Civil Veterinary Department. United Provinces 1932-42 - 1932-1942
Year: 1932
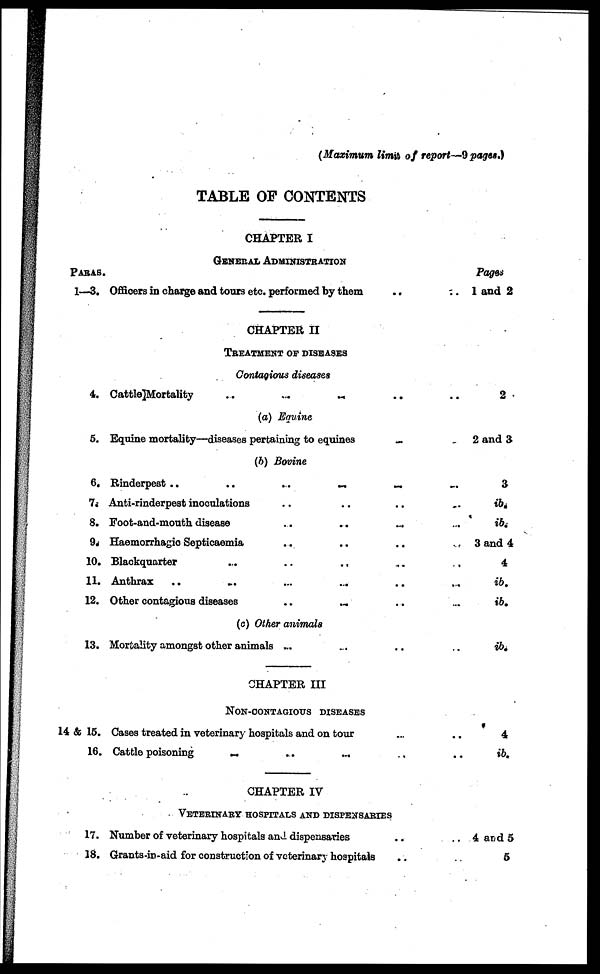
(Maximum limit of report—9 pages.)
TABLE OF CONTENTS
PARAS.
1—3.
4.
5.
6.
7.
8.
9.
10.
11.
12.
13.
14 & 15.
16.
17.
18.
CHAPTER I
GENERAL ADMINISTRATION
Officers in charge and tours etc. performed by them
CHAPTER II
TREATMENT OF DISEASES
Contagious diseases
Cattle]Mortality
...
...
...
...
(a) Equine
Equine mortality—diseases pertaining to equines
...
(b) Bovine
Rinderpest ..
..
...
..
..
Anti-rinderpest inoculations ..
Foot-and-mouth disease
Haemorrhagic Septicaemia .. ..
Blackquarter .. .. ..
Anthrax
Other contagious diseases
(c) Other animals
Mortality amongst other animals ... ... ...
CHAPTER III
NON-CONTAGIOUS DISEASES
Cases treated in veterinary hospitals and on tour
Cattle poisoning .. .. .. ..
CHAPTER IV
VETERINARY HOSPITALS AND DISPENSARIES
Number of veterinary hospitals and dispensaries
Grants-in-aid for construction of veterinary hospitals
Pages
.. 1 and 2
.. 2
2 and 3
.. 3
.. ib.
.. ib.
.. 3 and 4
.. 4
.. ib.
.. ib.
.. ib.
4
.. ib.
.. 4 and 5
5